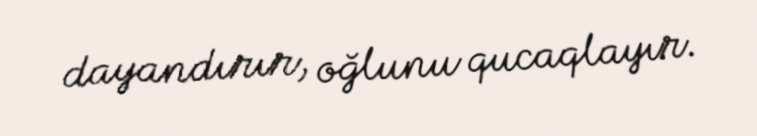
dayandırır, oğlunu qucaqlayır.